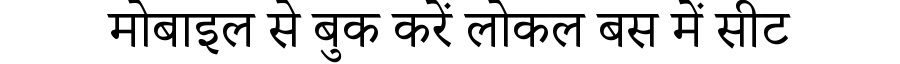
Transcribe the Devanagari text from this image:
मोबाइल से बुक करें लोकल बस में सीट